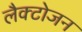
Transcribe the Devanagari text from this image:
लैक्टोजन